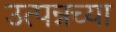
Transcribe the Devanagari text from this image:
उत्पन्नच्या